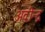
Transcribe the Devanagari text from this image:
अवीन्द्र